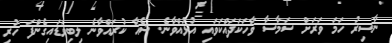
ނާސިރު ހަމަ ވަރަށް ސަމާސާ ވާހަކަދައްކަވައި އުޅުއްވާނެ. ޝެއާ ކުރައްވާނެ ލިބިވަޑައިގެންފަ ހުރި